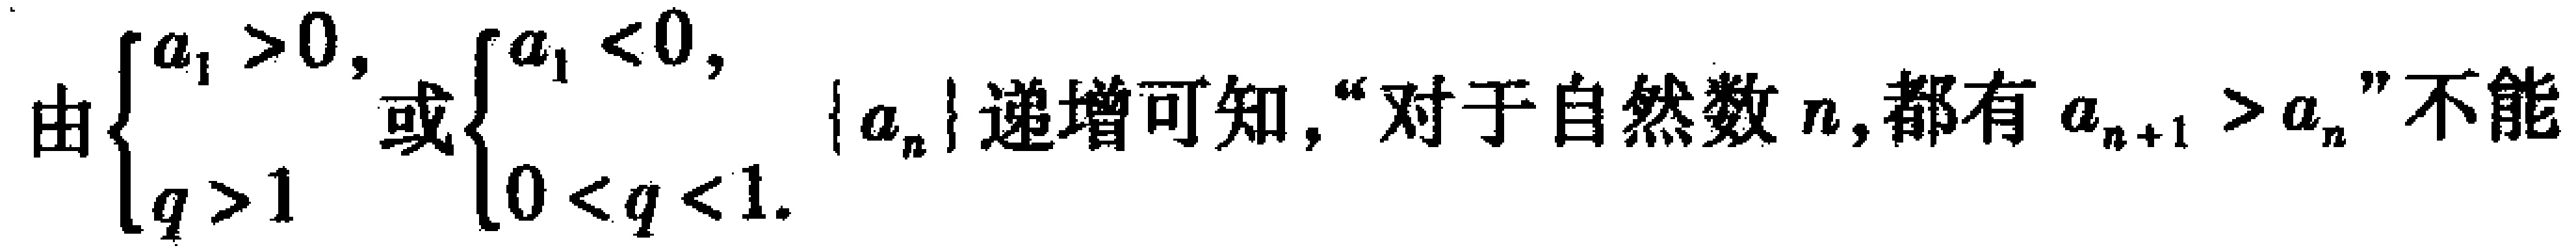
由$\begin{cases}a_{1}>0,\\q > 1\end{cases}$或$\begin{cases}a_{1}<0,\\0 < q < 1.\end{cases}$ $\{|a_{n}|\}$递增可知，“对于自然数$n$,都有$a_{n + 1}>a_{n}$”不能